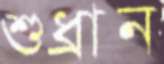
শুধ্‌রান